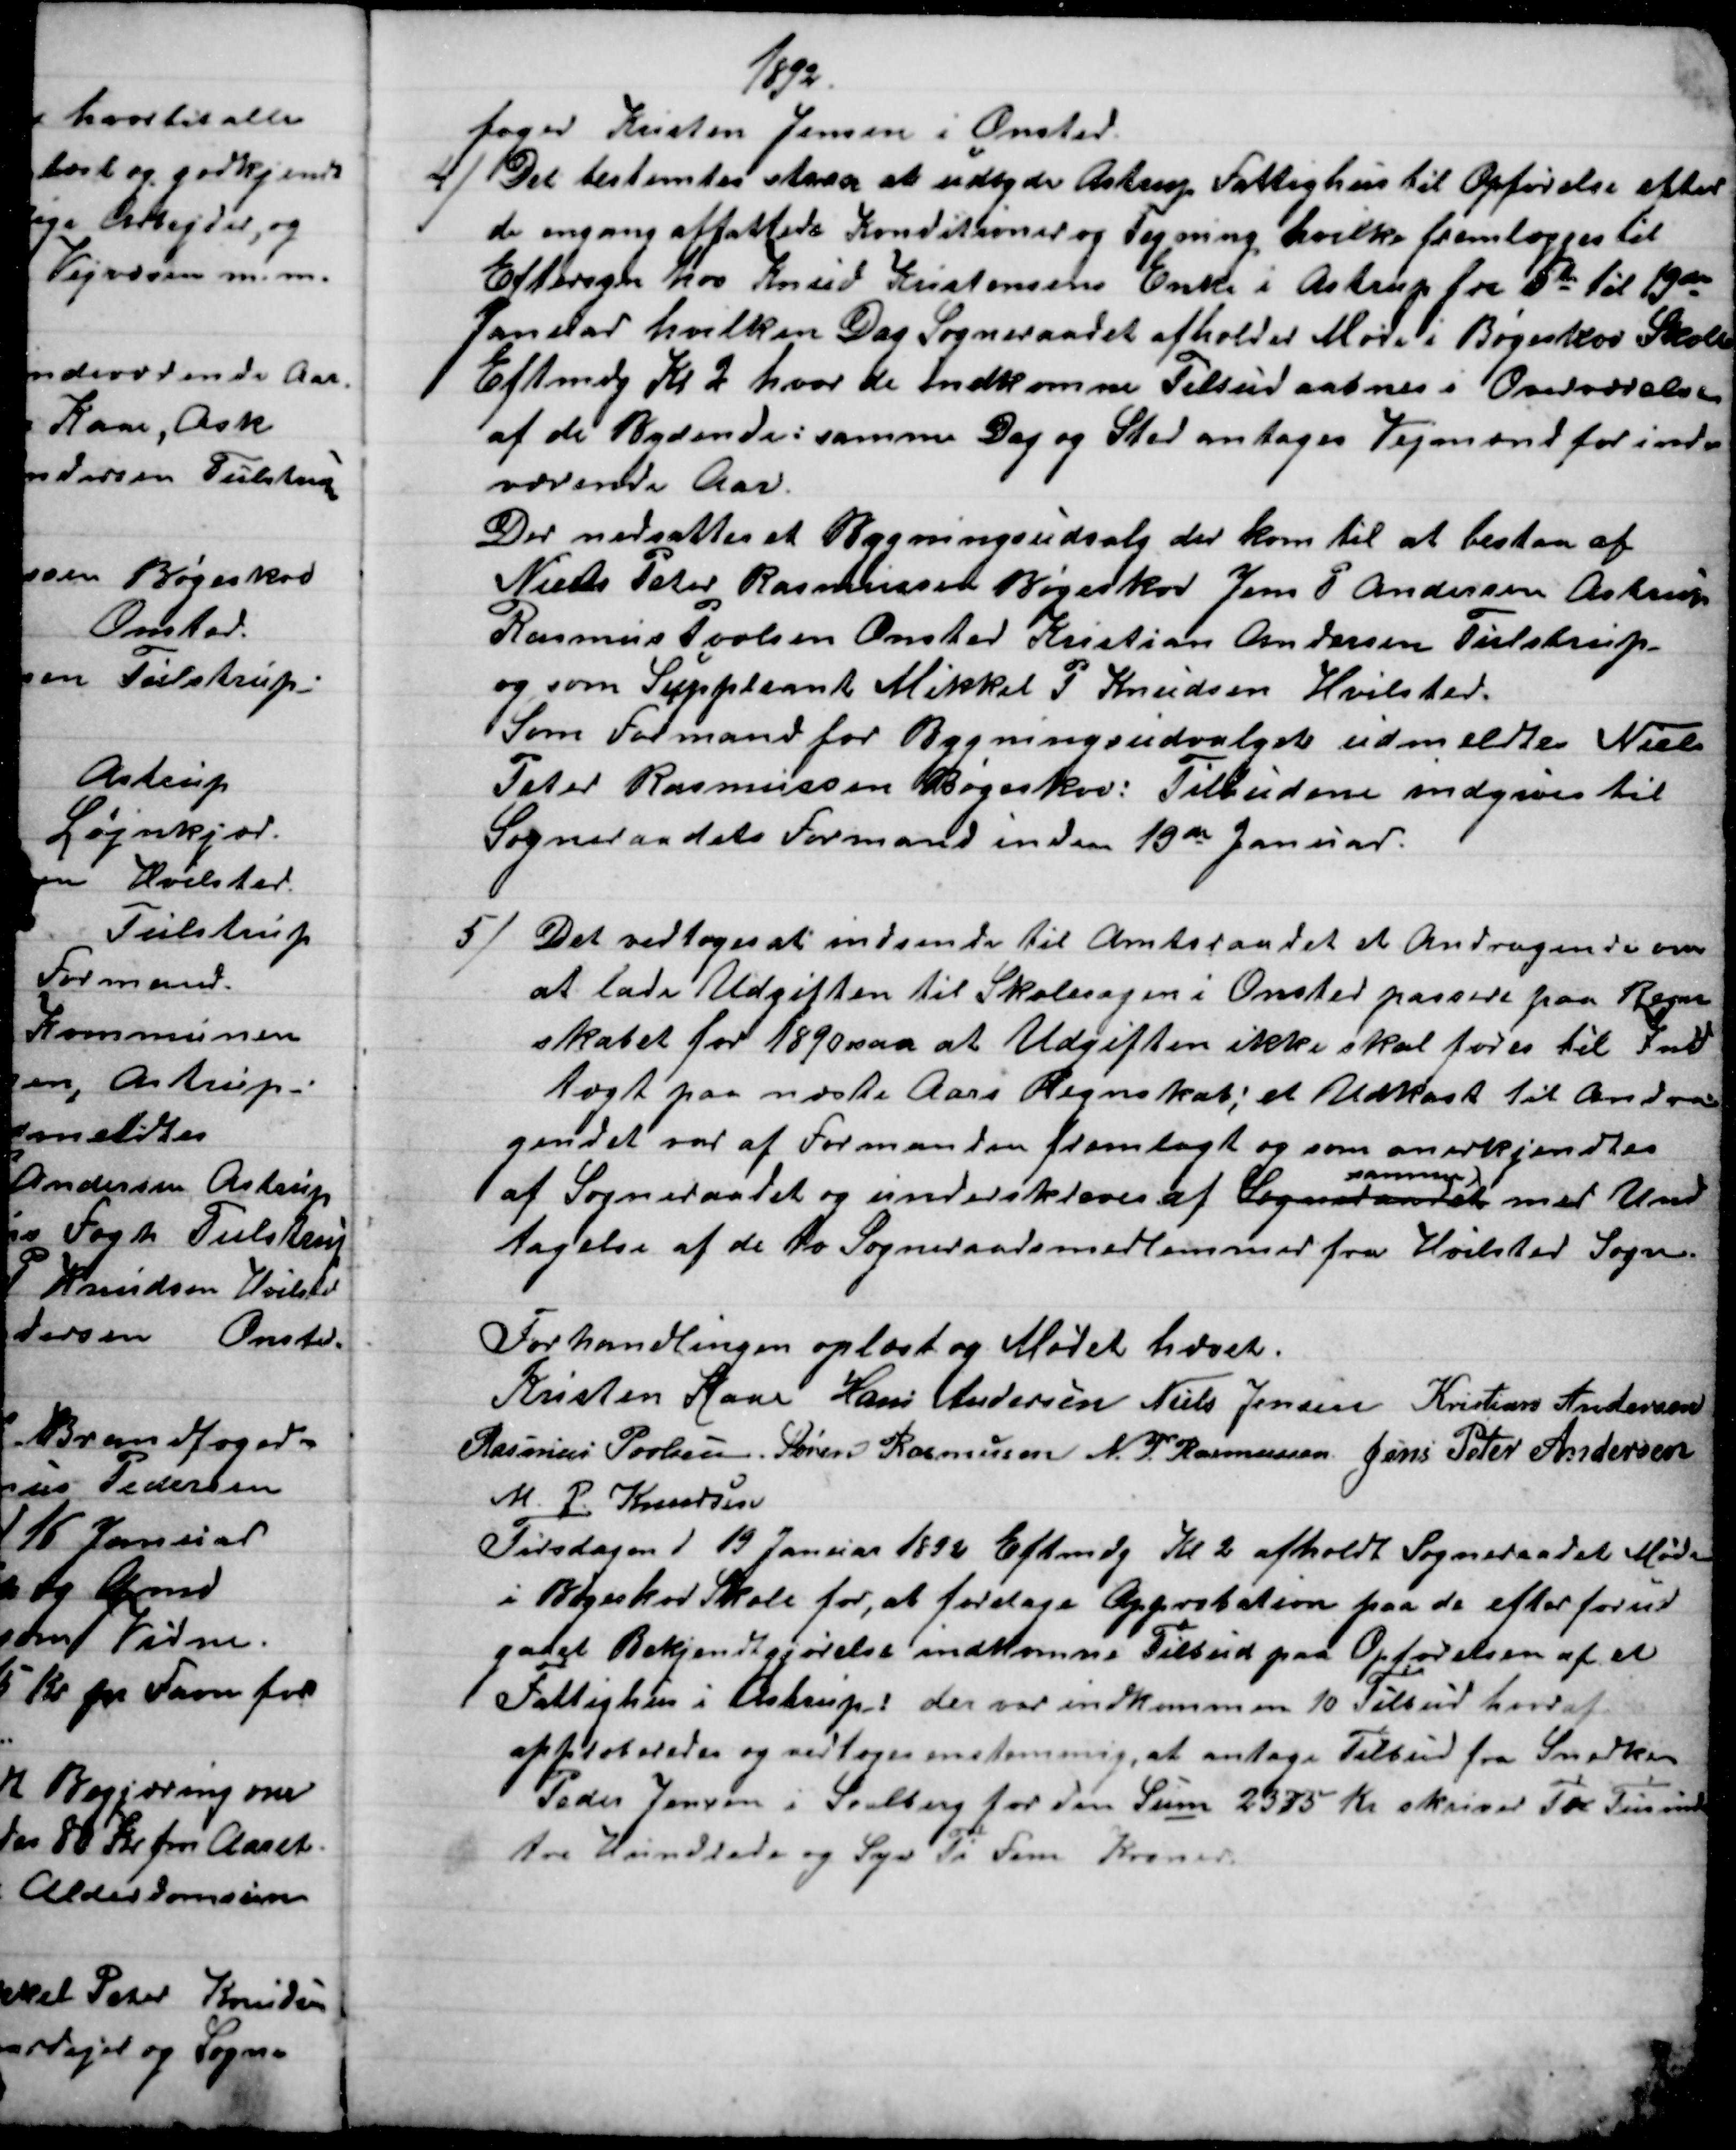
Transskription:
1892.
foged Kristen Jensen i Onsted
4)
Det bestemtes strax at udbyde Astrup Fattighus til Opførelse efter
de engang affattede Konditioner og Tegning, hvilke fremlægges til
Eftersyn hos Knud Kristensens Enke i Astrup fra 5te til 19de
Januar hvilken Dag Sogneraadet afholder Møde i Bøgeskov Skole
Eftmdg Kl. 2 hvor de Indkomne Tilbud aabnes i Overværelse
af de Bydende: samme Dag og Sted antages Vejmænd for inde
værende Aar.
Der nedsattes et Bygningsudvalg der kom til at bestaa af
Niels Peter Rasmussen Bøgeskov Jens P Andersen Astrup
Rasmus Povlsen Onsted Kristian Andersen Tulstrup
og som Suppleant Mikkel P Knudsen Hvilsted.
Som Formand for Bygningsudvalget udmeldtes Niels
Peter Rasmussen Bøgeskov: Tilbudene indgives til
Sogneraadets Formand inden 19de Januar.
5) 
Det vedtoges at indsende til Amtsraadet et Andragende om
at lade Udgiften til Skolesagen i Onsted passere paa Regn-
skabet for 1890 saa at Udgiften ikke skal føres til Ind
tægt paa næste Aars Regnskab; et Udkast til Andra-
gendet var af Formanden fremlagt og som anerkjendtes
af Sogneraadet og underskreves af Sogneraadet 
samme
med Und
tagelse af de to Sogneraadsmedlemmer fra Hvilsted Sogn.
Forhandlingen oplæst og Mødet hævet.
Kristen Kaae Hans Andersen Niels Jensen Kristian Andersen
Rasmus Povlsen Søren Rasmussen N. P. Rasmussen Jens Peter Andersen
M. P. Knudsen
Tirsdagen d 19 Januar 1892 Eftmdg Kl. 2 afholdt Sogneraadet Møde
i Bøgeskov Skole for, at foretage Approbation paa de efter forud
gaaet Bekjendtgjørelse indkomne Tilbud paa Opførelsen af et
Fattighus i Astrup: der var indkommen 10 Tilbud hvoraf
approberedes og vedtoges enstemmig, at antage Tilbud fra Snedker
Peder Jensen i Soelberg for den Sum 2375 Kr skriver To Tusinde
tre Hundrede og Syv Ti Fem Kroner.